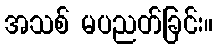
အသစ် မပညတ်ခြင်း။